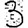
Digit: 3